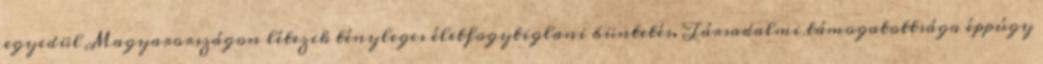
egyedül Magyarországon létezik tényleges életfogytiglani büntetés. Társadalmi támogatottsága éppúgy